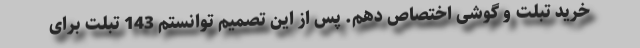
خرید تبلت و گوشی اختصاص دهم. پس از این تصمیم توانستم 143 تبلت برای